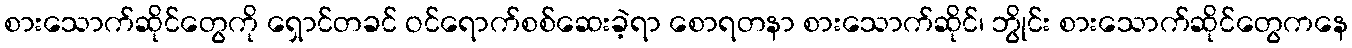
စားသောက်ဆိုင်တွေကို ရှောင်တခင် ဝင်ရောက်စစ်ဆေးခဲ့ရာ စောရတနာ စားသောက်ဆိုင်၊ ဘွိုင်း စားသောက်ဆိုင်တွေကနေ